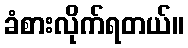
ခံစားလိုက်ရတယ်။